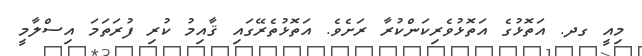
މިއީ ގދ. އަތޮޅުގެ އަތޮޅުވެރިކަންކުރާ ރަށެވެ. އަތޮޅުތެރޭގައި ޤާއިމު ކުރި ފުރަތަމަ އިސްލާމީ